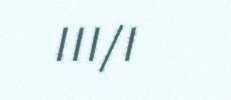
III/I